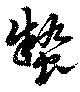
蟄